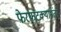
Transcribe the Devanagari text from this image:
फेरफटक्यानंतर